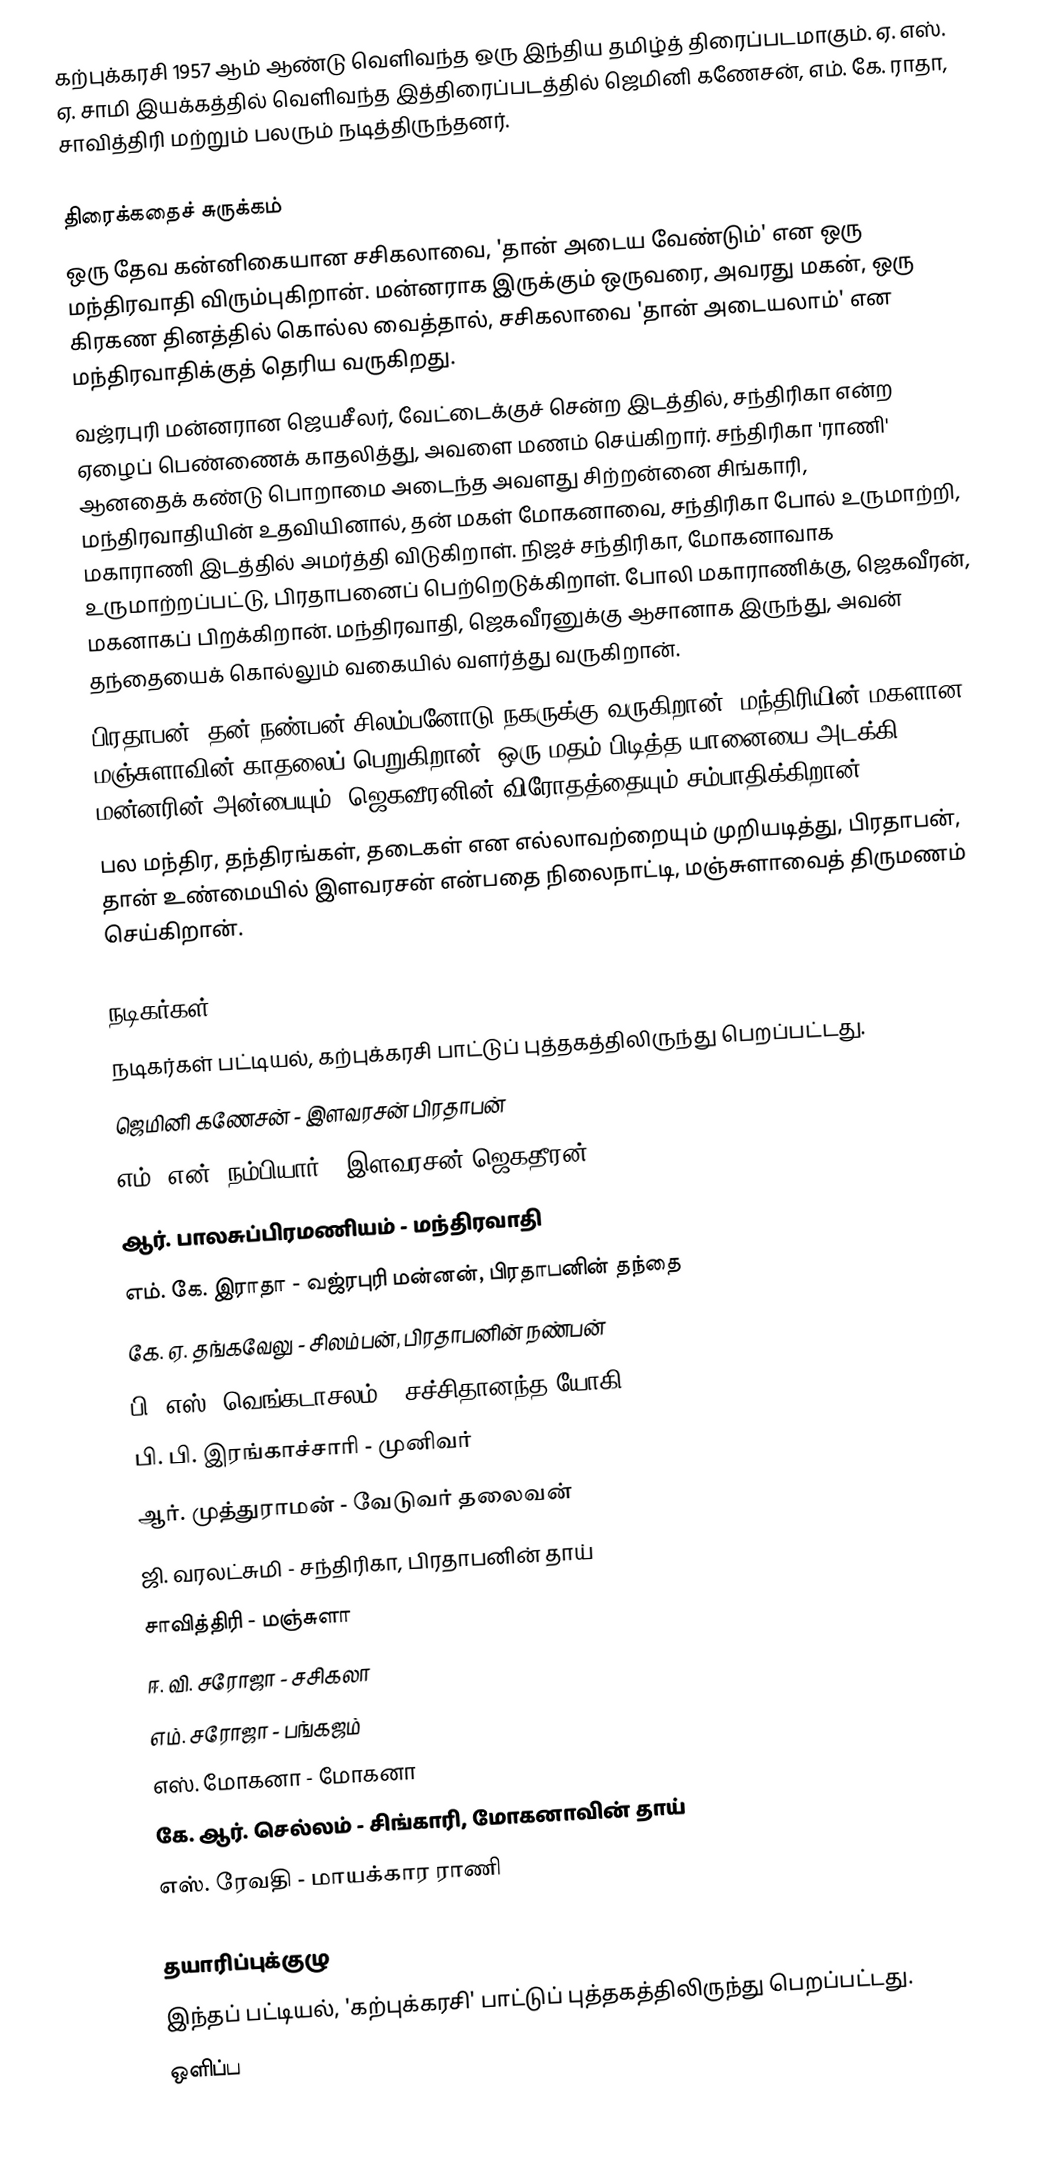
கற்புக்கரசி 1957 ஆம் ஆண்டு வெளிவந்த ஒரு இந்திய தமிழ்த் திரைப்படமாகும். ஏ. எஸ். ஏ. சாமி இயக்கத்தில் வெளிவந்த இத்திரைப்படத்தில் ஜெமினி கணேசன், எம். கே. ராதா, சாவித்திரி மற்றும் பலரும் நடித்திருந்தனர்.

திரைக்கதைச் சுருக்கம்
ஒரு தேவ கன்னிகையான சசிகலாவை, 'தான் அடைய வேண்டும்' என ஒரு மந்திரவாதி விரும்புகிறான். மன்னராக இருக்கும் ஒருவரை, அவரது மகன், ஒரு கிரகண தினத்தில் கொல்ல வைத்தால், சசிகலாவை 'தான் அடையலாம்' என மந்திரவாதிக்குத் தெரிய வருகிறது.
வஜ்ரபுரி மன்னரான ஜெயசீலர், வேட்டைக்குச் சென்ற இடத்தில், சந்திரிகா என்ற ஏழைப் பெண்ணைக் காதலித்து, அவளை மணம் செய்கிறார். சந்திரிகா 'ராணி' ஆனதைக் கண்டு பொறாமை அடைந்த அவளது சிற்றன்னை சிங்காரி, மந்திரவாதியின் உதவியினால், தன் மகள் மோகனாவை, சந்திரிகா போல் உருமாற்றி, மகாராணி இடத்தில் அமர்த்தி விடுகிறாள். நிஜச் சந்திரிகா, மோகனாவாக உருமாற்றப்பட்டு, பிரதாபனைப் பெற்றெடுக்கிறாள். போலி மகாராணிக்கு, ஜெகவீரன், மகனாகப் பிறக்கிறான். மந்திரவாதி, ஜெகவீரனுக்கு ஆசானாக இருந்து, அவன் தந்தையைக் கொல்லும் வகையில் வளர்த்து வருகிறான்.
பிரதாபன், தன் நண்பன் சிலம்பனோடு நகருக்கு வருகிறான். மந்திரியின் மகளான மஞ்சுளாவின் காதலைப் பெறுகிறான். ஒரு மதம் பிடித்த யானையை அடக்கி, மன்னரின் அன்பையும், ஜெகவீரனின் விரோதத்தையும் சம்பாதிக்கிறான்.
பல மந்திர, தந்திரங்கள், தடைகள் என எல்லாவற்றையும் முறியடித்து, பிரதாபன், தான் உண்மையில் இளவரசன் என்பதை நிலைநாட்டி, மஞ்சுளாவைத் திருமணம் செய்கிறான்.

நடிகர்கள்
நடிகர்கள் பட்டியல், கற்புக்கரசி பாட்டுப் புத்தகத்திலிருந்து பெறப்பட்டது.
 ஜெமினி கணேசன் - இளவரசன் பிரதாபன்
 எம். என். நம்பியார் - இளவரசன் ஜெகதீரன்
 ஆர். பாலசுப்பிரமணியம் - மந்திரவாதி
 எம். கே. இராதா - வஜ்ரபுரி மன்னன், பிரதாபனின் தந்தை
 கே. ஏ. தங்கவேலு - சிலம்பன், பிரதாபனின் நண்பன்
 பி. எஸ். வெங்கடாசலம் - சச்சிதானந்த யோகி
 பி. பி. இரங்காச்சாரி - முனிவர்
 ஆர். முத்துராமன் - வேடுவர் தலைவன்
 ஜி. வரலட்சுமி - சந்திரிகா, பிரதாபனின் தாய்
 சாவித்திரி - மஞ்சுளா
 ஈ. வி. சரோஜா - சசிகலா
 எம். சரோஜா - பங்கஜம்
 எஸ். மோகனா - மோகனா
 கே. ஆர். செல்லம் - சிங்காரி, மோகனாவின் தாய்
 எஸ். ரேவதி - மாயக்கார ராணி

தயாரிப்புக்குழு
இந்தப் பட்டியல், 'கற்புக்கரசி' பாட்டுப் புத்தகத்திலிருந்து பெறப்பட்டது.
 ஒளிப்ப